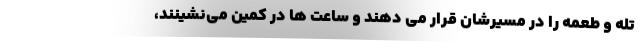
تله و طعمه را در مسیرشان قرار می دهند و ساعت ها در کمین می‌نشینند،